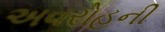
અવરોહની